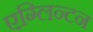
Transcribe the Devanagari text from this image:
एग्लिन्टन